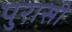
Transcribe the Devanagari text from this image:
पुरासी